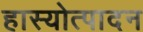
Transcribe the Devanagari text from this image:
हास्योत्पादन